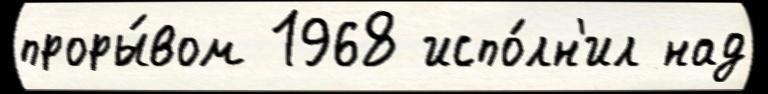
проры́вом 1968 испо́лн'ил над